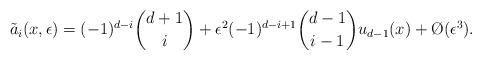
LaTeX: \begin{align*} \tilde{a}_i(x,\epsilon) &= (-1)^{d-i} \binom{d+1}{i} + \epsilon^2 (-1)^{d-i+1} \binom{d-1}{i-1} u_{d-1}(x) + \O(\epsilon^3).\end{align*}